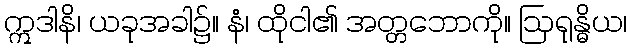
ဣဒါနိ၊ ယခုအခါ၌။ နံ၊ ထိုငါ၏ အတ္တဘောကို။ ဩရုန္ဓိယ၊